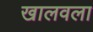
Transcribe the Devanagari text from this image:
खालवला